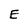
Character: E